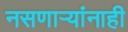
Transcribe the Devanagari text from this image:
नसणार्‍यांनाही